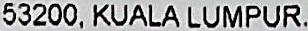
53200, KUALA LUMPUR.